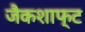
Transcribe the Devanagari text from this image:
जैकशाफ्ट